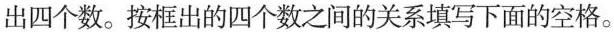
出四个数。按框出的四个数之间的关系填写下面的空格。